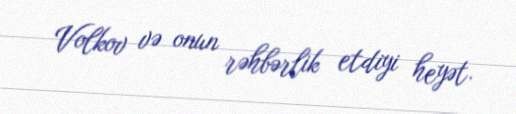
Volkov və onun rəhbərlik etdiyi heyət.